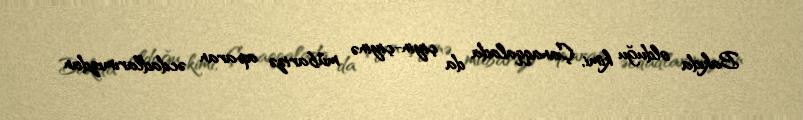
Bakıda olduğu kimi, Çanaqqalada da çiyin-çiyinə mübarizə aparan əcdadlarımızdan